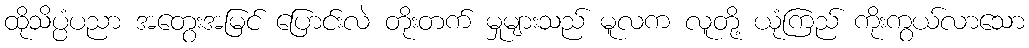
ထိုသိပ္ပံပညာ အတွေးအမြင် ပြောင်းလဲ တိုးတက် မှုများသည် မူလက လူတို့ ယုံကြည် ကိုးကွယ်လာသော